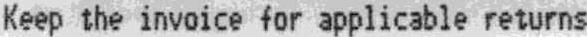
KEEP THE INVOICE FOR APPLICABLE RETURNS